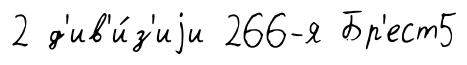
2 д'ив'и́з'иjи 266-я Бр'ест5